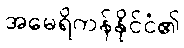
အမေရိကန်နိုင်ငံ၏